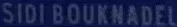
SIDI BOUKNADEL